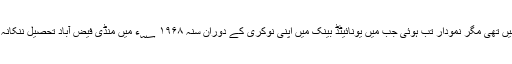
شاعری میرے خمیر میں تھی مگر نمودار تب ہُوئی جب میں یونائیٹڈ بینک میں اپنی نوکری کے دوران سنہ ۱۹۶۸ ؁ء میں منڈی فیض آباد تحصیل ننکانہ صاحب میں متعین تھا۔